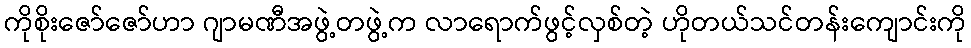
ကိုစိုးဇော်ဇော်ဟာ ဂျာမဏီအဖွဲ့တဖွဲ့က လာရောက်ဖွင့်လှစ်တဲ့ ဟိုတယ်သင်တန်းကျောင်းကို